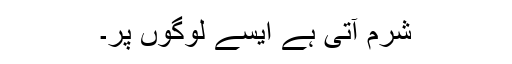
شرم آتی ہے ایسے لوگوں پر۔